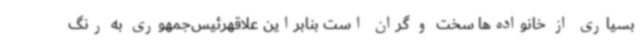
بسیاری از خانواده‌ها سخت و گران است بنابراین علاقهرئیس‌جمهوری به رنگ